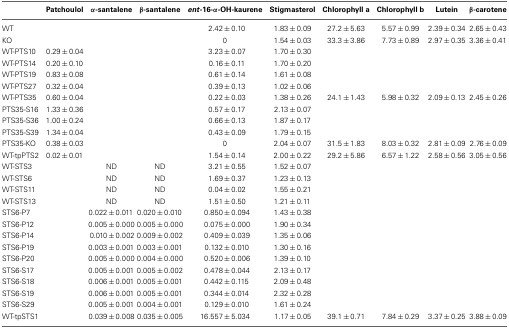
<table><thead><tr><td></td><td><b>Patchoulol</b></td><td><b>α-santalene</b></td><td><b>β-santalene</b></td><td><b><i>ent</i>-16-α-OH-kaurene</b></td><td><b>Stigmasterol</b></td><td><b>Chlorophyll a</b></td><td><b>Chlorophyll b</b></td><td><b>Lutein</b></td><td><b>β-carotene</b></td></tr></thead><tbody><tr><td>WT</td><td></td><td></td><td></td><td>2.42 ± 0.10</td><td>1.83 ± 0.09</td><td>27.2 ± 5.63</td><td>5.57 ± 0.99</td><td>2.39 ± 0.34</td><td>2.65 ± 0.43</td></tr><tr><td>KO</td><td></td><td></td><td></td><td>0</td><td>1.54 ± 0.03</td><td>33.3 ± 3.86</td><td>7.73 ± 0.89</td><td>2.97 ± 0.35</td><td>3.36 ± 0.41</td></tr><tr><td>WT-PTS10</td><td>0.29 ± 0.04</td><td></td><td></td><td>3.23 ± 0.07</td><td>1.70 ± 0.30</td><td></td><td></td><td></td><td></td></tr><tr><td>WT-PTS14</td><td>0.20 ± 0.10</td><td></td><td></td><td>0.16 ± 0.11</td><td>1.70 ± 0.20</td><td></td><td></td><td></td><td></td></tr><tr><td>WT-PTS19</td><td>0.83 ± 0.08</td><td></td><td></td><td>0.61 ± 0.14</td><td>1.61 ± 0.08</td><td></td><td></td><td></td><td></td></tr><tr><td>WT-PTS27</td><td>0.32 ± 0.04</td><td></td><td></td><td>0.39 ± 0.13</td><td>1.02 ± 0.06</td><td></td><td></td><td></td><td></td></tr><tr><td>WT-PTS35</td><td>0.60 ± 0.04</td><td></td><td></td><td>0.22 ± 0.03</td><td>1.38 ± 0.26</td><td>24.1 ± 1.43</td><td>5.98 ± 0.32</td><td>2.09 ± 0.13</td><td>2.45 ± 0.26</td></tr><tr><td>PTS35-S16</td><td>1.33 ± 0.36</td><td></td><td></td><td>0.57 ± 0.17</td><td>2.13 ± 0.07</td><td></td><td></td><td></td><td></td></tr><tr><td>PTS35-S36</td><td>1.00 ± 0.24</td><td></td><td></td><td>0.66 ± 0.13</td><td>1.87 ± 0.17</td><td></td><td></td><td></td><td></td></tr><tr><td>PTS35-S39</td><td>1.34 ± 0.04</td><td></td><td></td><td>0.43 ± 0.09</td><td>1.79 ± 0.15</td><td></td><td></td><td></td><td></td></tr><tr><td>PTS35-KO</td><td>0.38 ± 0.03</td><td></td><td></td><td>0</td><td>2.04 ± 0.07</td><td>31.5 ± 1.83</td><td>8.03 ± 0.32</td><td>2.81 ± 0.09</td><td>2.76 ± 0.09</td></tr><tr><td>WT-tpPTS2</td><td>0.02 ± 0.01</td><td></td><td></td><td>1.54 ± 0.14</td><td>2.00 ± 0.22</td><td>29.2 ± 5.86</td><td>6.57 ± 1.22</td><td>2.58 ± 0.56</td><td>3.05 ± 0.56</td></tr><tr><td>WT-STS3</td><td></td><td>ND</td><td>ND</td><td>3.21 ± 0.55</td><td>1.52 ± 0.07</td><td></td><td></td><td></td><td></td></tr><tr><td>WT-STS6</td><td></td><td>ND</td><td>ND</td><td>1.69 ± 0.37</td><td>1.23 ± 0.13</td><td></td><td></td><td></td><td></td></tr><tr><td>WT-STS11</td><td></td><td>ND</td><td>ND</td><td>0.04 ± 0.02</td><td>1.55 ± 0.21</td><td></td><td></td><td></td><td></td></tr><tr><td>WT-STS13</td><td></td><td>ND</td><td>ND</td><td>1.51 ± 0.50</td><td>1.21 ± 0.11</td><td></td><td></td><td></td><td></td></tr><tr><td>STS6-P7</td><td></td><td>0.022 ± 0.011</td><td>0.020 ± 0.010</td><td>0.850 ± 0.094</td><td>1.43 ± 0.38</td><td></td><td></td><td></td><td></td></tr><tr><td>STS6-P12</td><td></td><td>0.005 ± 0.000</td><td>0.005 ± 0.000</td><td>0.075 ± 0.000</td><td>1.90 ± 0.34</td><td></td><td></td><td></td><td></td></tr><tr><td>STS6-P14</td><td></td><td>0.010 ± 0.002</td><td>0.009 ± 0.002</td><td>0.409 ± 0.039</td><td>1.35 ± 0.06</td><td></td><td></td><td></td><td></td></tr><tr><td>STS6-P19</td><td></td><td>0.003 ± 0.001</td><td>0.003 ± 0.001</td><td>0.132 ± 0.010</td><td>1.30 ± 0.16</td><td></td><td></td><td></td><td></td></tr><tr><td>STS6-P20</td><td></td><td>0.005 ± 0.000</td><td>0.004 ± 0.000</td><td>0.520 ± 0.006</td><td>1.39 ± 0.10</td><td></td><td></td><td></td><td></td></tr><tr><td>STS6-S17</td><td></td><td>0.005 ± 0.001</td><td>0.005 ± 0.002</td><td>0.478 ± 0.044</td><td>2.13 ± 0.17</td><td></td><td></td><td></td><td></td></tr><tr><td>STS6-S18</td><td></td><td>0.006 ± 0.001</td><td>0.005 ± 0.001</td><td>0.442 ± 0.115</td><td>2.09 ± 0.48</td><td></td><td></td><td></td><td></td></tr><tr><td>STS6-S19</td><td></td><td>0.006 ± 0.001</td><td>0.005 ± 0.001</td><td>0.344 ± 0.014</td><td>2.32 ± 0.28</td><td></td><td></td><td></td><td></td></tr><tr><td>STS6-S29</td><td></td><td>0.005 ± 0.001</td><td>0.004 ± 0.001</td><td>0.129 ± 0.010</td><td>1.61 ± 0.24</td><td></td><td></td><td></td><td></td></tr><tr><td>WT-tpSTS1</td><td></td><td>0.039 ± 0.008</td><td>0.035 ± 0.005</td><td>16.557 ± 5.034</td><td>1.17 ± 0.05</td><td>39.1 ± 0.71</td><td>7.84 ± 0.29</td><td>3.37 ± 0.25</td><td>3.88 ± 0.09</td></tr></tbody></table>